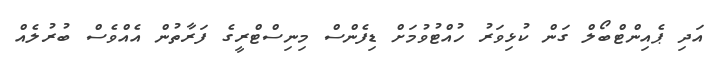
އަދި ޕެއިންޓްބޯލް ގަން ކުޅިވަރު ހުއްޓުވުމަށް ޑިފެންސް މިނިސްޓްރީގެ ފަރާތުން އެއްވެސް ބުރުލެއް